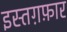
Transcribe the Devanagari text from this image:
इस्तग़फ़ार